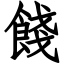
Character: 餞